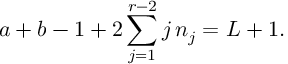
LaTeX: a + b - 1 + 2 \sum _ { j = 1 } ^ { r - 2 } j \, n _ { j } = L + 1 .